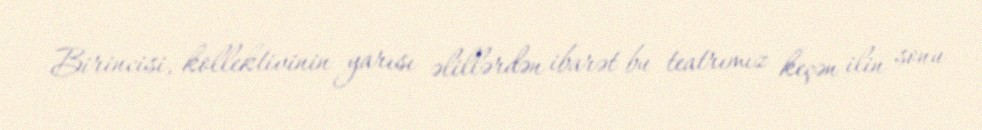
Birincisi, kollektivinin yarısı əlillərdən ibarət bu teatrımız keçən ilin sonu